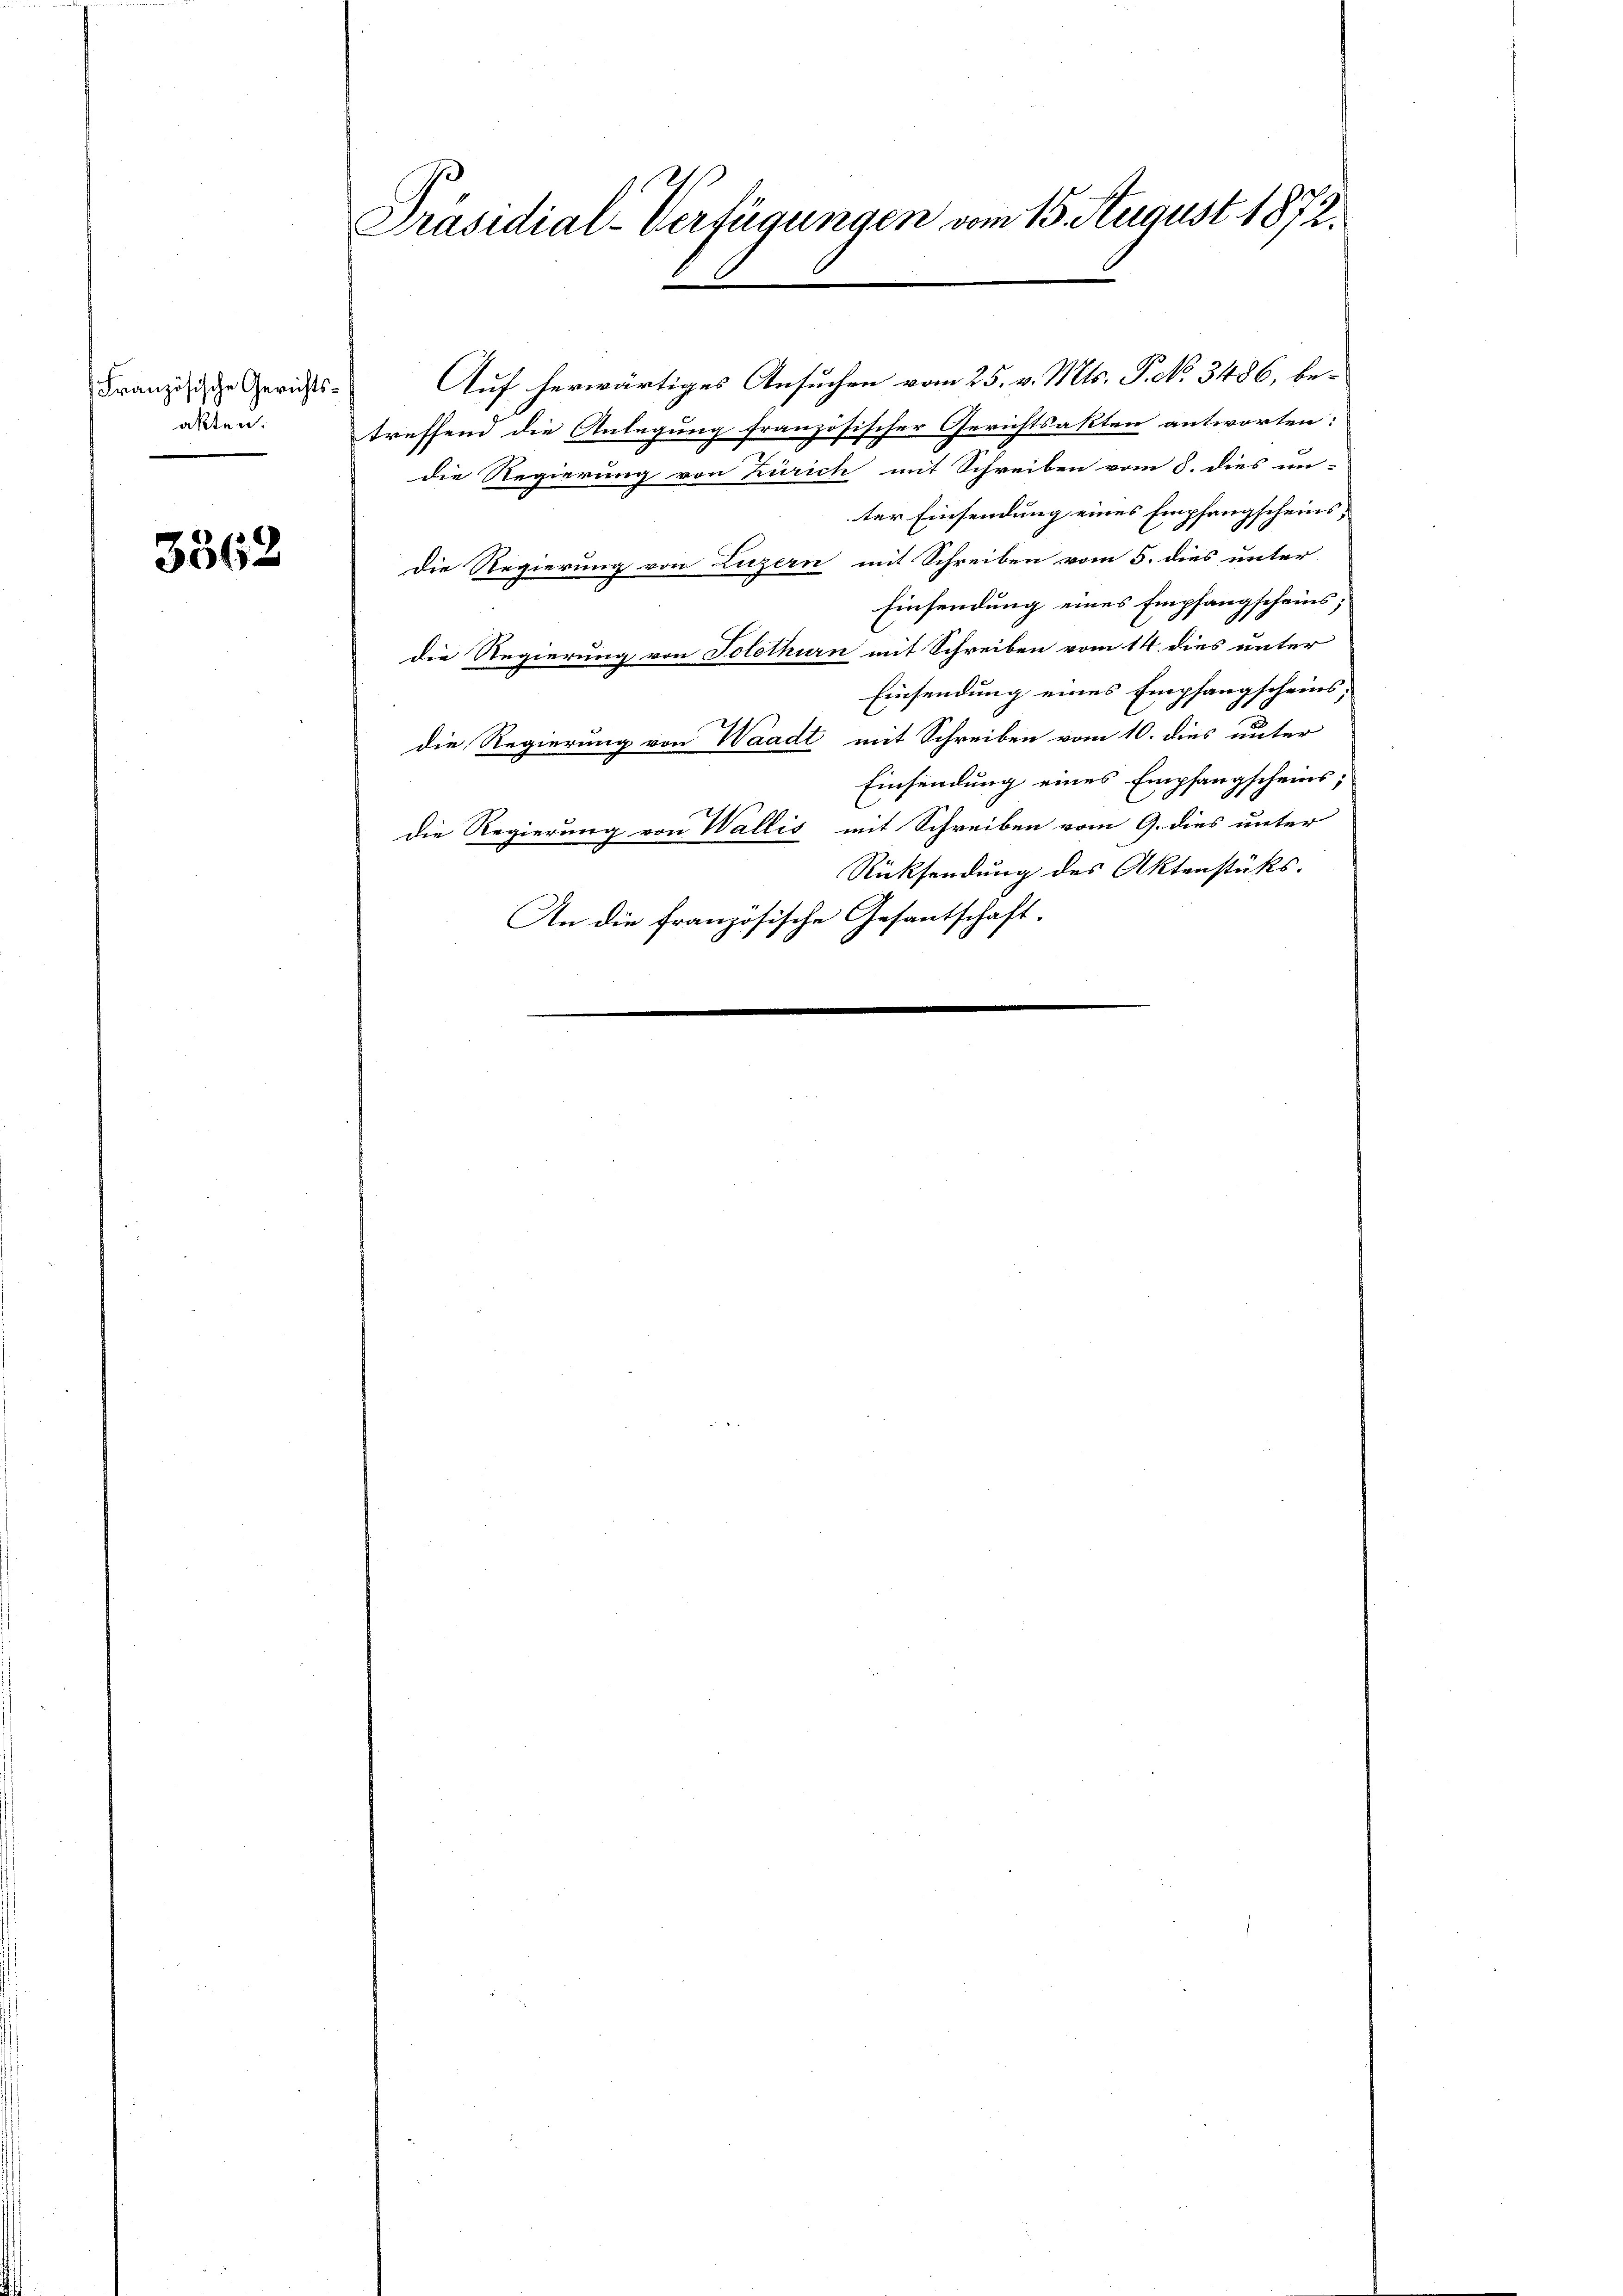
Französische Gerichtsakten.

3362

Präsidial-Verfügungen vom 15. August 1872.

Auf herwärtiges Ansuchen vom 25. v. Mts. P. No. 3486, betreffend die Anlagung französischer Gerichtsakten antworten:
die Regierung von Zürich mit Schreiben vom 8. dies un-
ter Einsendung eines Empfangscheins;
Die Regierung von Luzern mit Schreiben vom 5. dies unter
Einsendung eines Empfangscheins;
die Regierung von Solothurn mit Schreiben vom 14. dies unter
Einsendung eines Empfangscheins,
die Regierung von Waadt mit Schreiben vom 10. dies unter
Einsendung eines Empfangscheins,
die Regierung von Wallis mit Schreiben vom 9. dies unter
Rücksendung des Aktenstüks.
An die französische Gesantschaft.
e